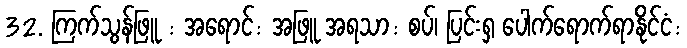
32. ကြက်သွန်ဖြူ : အရောင်: အဖြူ အရသာ: စပ်၊ ပြင်းရှ ပေါက်ရောက်ရာနိုင်ငံ: